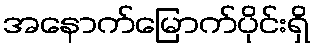
အနောက်မြောက်ပိုင်းရှိ